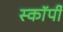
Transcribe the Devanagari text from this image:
स्काॅर्पी